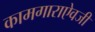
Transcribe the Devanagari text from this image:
कामगाराऐवजी